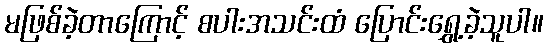
မဖြစ်ခဲ့တာကြောင့် စပါးအသင်းထံ ပြောင်းရွှေ့ခဲ့သူပါ။